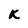
Character: K